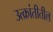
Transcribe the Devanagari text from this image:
उत्क्रांतीतील